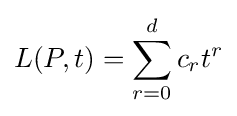
L(P,t)=\sum _{r=0}^{d}c_{r}t^{r}